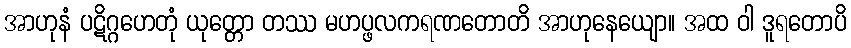
အာဟုနံ ပဋိဂ္ဂဟေတုံ ယုတ္တော တဿ မဟပ္ဖလကရဏတောတိ အာဟုနေယျော။ အထ ဝါ ဒူရတောပိ